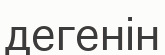
дегенін